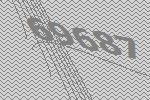
69687